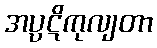
အပ္ပဋိကုလျတာ